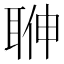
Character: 𦕽